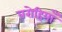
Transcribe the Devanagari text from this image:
बरोहियाँ